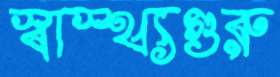
স্বাস্থ্যগুরু